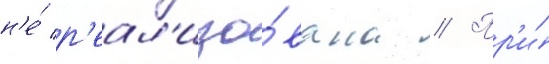
н'е́ р'еал'изо́вана // Пр'и́